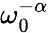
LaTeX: \omega_{0}^{-\alpha}